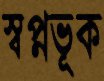
স্বপ্নভূক